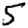
Digit: 5